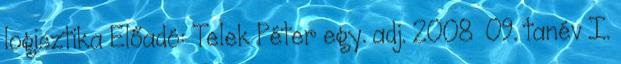
logisztika Előadó: Telek Péter egy. adj. 2008 09. tanév I.